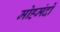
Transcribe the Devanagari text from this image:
मोहमंदों